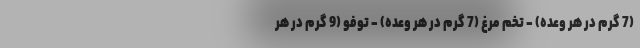
(7 گرم در هر وعده) - تخم مرغ (7 گرم در هر وعده) - توفو (9 گرم در هر